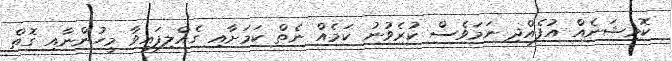
ކޮމިޝަނެއް އުފެއްދި ނަމަވެސް ކުރެވުނު ކަމެއް ނެތް ކަމަށާއި ގެއްލިފައިވާ މީހުންނާއި ގޮތް